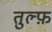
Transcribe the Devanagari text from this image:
तुल्फ़